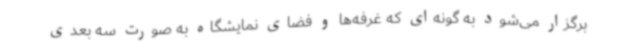
برگزار می‌شود به گونه‌ای که غرفه‌ها و فضای نمایشگاه به صورت سه بعدی